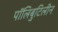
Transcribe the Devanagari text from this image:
पॉलिबुटिलीन